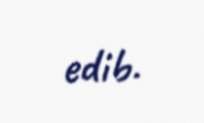
edib.